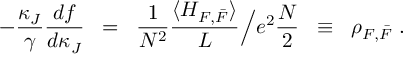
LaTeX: - \frac { \kappa _ { J } } { \gamma } \frac { d f } { d \kappa _ { J } } \; \; = \; \; \frac { 1 } { N ^ { 2 } } \frac { \langle H _ { F , \bar { F } } \rangle } { L } \Big / e ^ { 2 } \frac { N } { 2 } \; \; \equiv \; \; \rho _ { F , \bar { F } } \; .